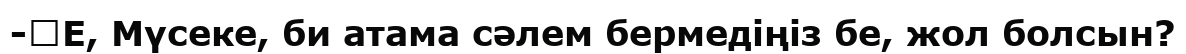
-	Е, Мүсеке, би атама сәлем бермедіңіз бе, жол болсын?